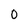
Character: 0